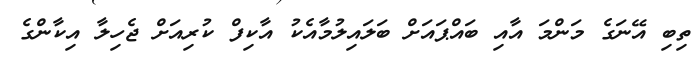
ތިބި އޭނަގެ މަންމަ އާއި ބައްޕައަށް ބަލައިލުމާއެކު އާކިފް ކުރިއަށް ޖެހިލާ އިކާންގެ